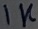
Text: 1K